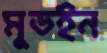
মুডইন